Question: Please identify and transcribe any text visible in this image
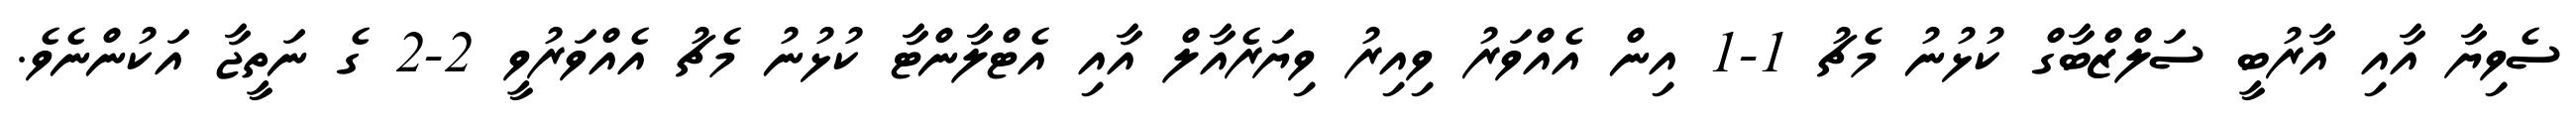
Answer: ސެވިޔާ އާއި އާރުބީ ސަލްޒްބާގް ކުޅުނު މެޗު 1-1 އިން އެއްވަރު ވިއިރު ވިޔަރެއާލް އާއި އެޓްލާންޓާ ކުޅުނު މެޗު އެއްވަރުވީ 2-2 ގެ ނަތީޖާ އަކުންނެވެ.